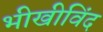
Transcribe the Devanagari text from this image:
भीखीविंद